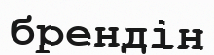
брендін